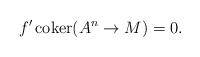
LaTeX: \begin{align*}f'\, {\rm coker}( A^n\to M )=0.\end{align*}